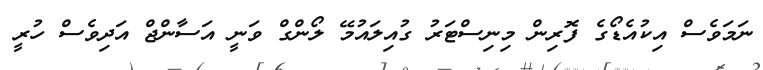
ނަމަވެސް އިކުއެޑޯގެ ފޮރިން މިނިސްޓަރު ގުއިލައުމޭ ލޯންގް ވަނީ އަސާންޖް އަދިވެސް ހުރީ